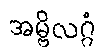
အမ္ဗိလဂ္ဂံ